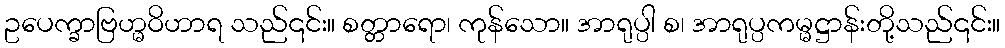
ဥပေက္ခာဗြဟ္မဝိဟာရ သည်၎င်း။ စတ္တာရော၊ ကုန်သော။ အာရုပ္ပါ စ၊ အာရုပ္ပကမ္မဋ္ဌာန်းတို့သည်၎င်း။